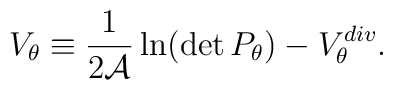
V_\theta \equiv {1\over 2{\cal A}} \,{\ln}(\det P_\theta) - V_\theta^{div}.